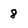
Character: 8